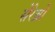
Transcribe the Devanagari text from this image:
सेरेब्रो